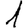
Digit: 1